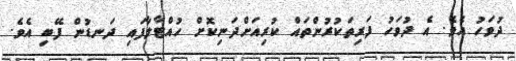
ދުވަހު އެވެ. އެ ދުވަހު ފަރިތަކުރުންތައް ކުރިއަށްދަނިކޮށް ހުއްޓާލާފައި ދަނޑުން ފޭބި އެވެ.